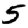
Digit: 5